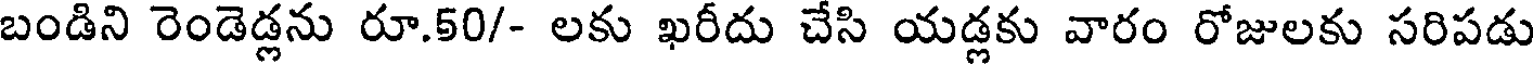
బండిని రెండెడ్లను రూ.50/- లకు ఖరీదు చేసి యడ్లకు వారం రోజులకు సరిపడు